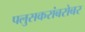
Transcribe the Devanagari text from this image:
पलुसकरांबरोबर